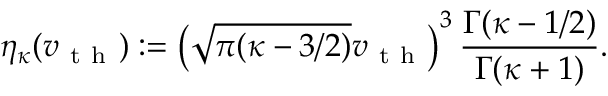
\eta _ { \kappa } ( v _ { \mathrm { ~ t ~ h ~ } } ) \mathrel { \mathop : } = \left( \sqrt { \pi ( \kappa - 3 / 2 ) } v _ { \mathrm { ~ t ~ h ~ } } \right) ^ { 3 } \frac { \Gamma ( \kappa - 1 / 2 ) } { \Gamma ( \kappa + 1 ) } .